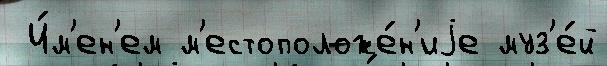
 И́м'ен'ем м'естоположе́н'иjе муз'е́й